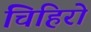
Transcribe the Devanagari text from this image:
चिहिरो